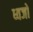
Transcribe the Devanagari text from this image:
ध्वजो